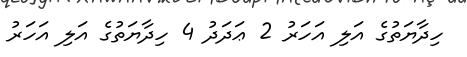
ހިދާޔަތުގެ އަލި އަހަރު 2 ޢަދަދު 4 ހިދާޔަތުގެ އަލި އަހަރު